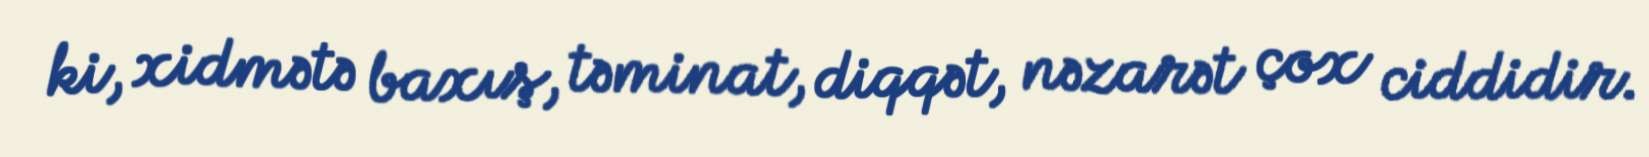
ki, xidmətə baxış, təminat, diqqət, nəzarət çox ciddidir.